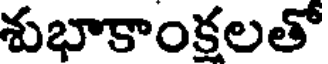
శుభాకాంక్షలతో